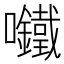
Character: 𫬾